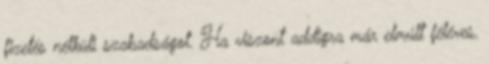
fizetés nélküli szabadságot. Ha viszont addigra már elmúlt féléves,